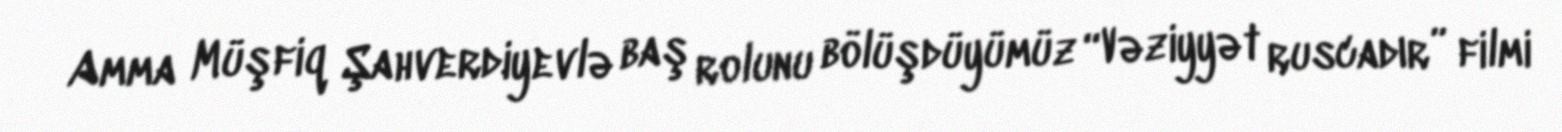
Amma Müşfiq Şahverdiyevlə baş rolunu bölüşdüyümüz “Vəziyyət ruscadır” filmi